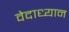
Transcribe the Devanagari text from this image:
वेदाध्यान